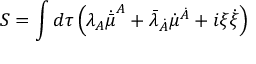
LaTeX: S = \int d \tau \left( \lambda _ { A } \dot { \bar { \mu } } ^ { A } + \bar { \lambda } _ { \dot { A } } \dot { { \mu } } ^ { \dot { A } } + i \xi \dot { \xi } \right)